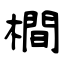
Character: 橺